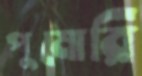
পুমোরি